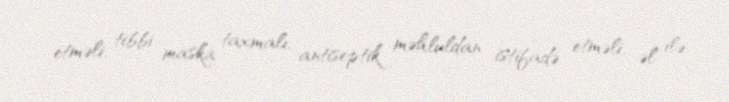
etməli, tibbi maska taxmalı, antiseptik məhluldan istifadə etməli, əl ilə